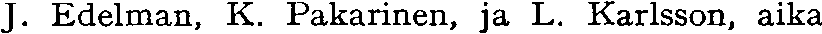
J. Edelman, K. Pakarinen, ja L. Karlsson, aika